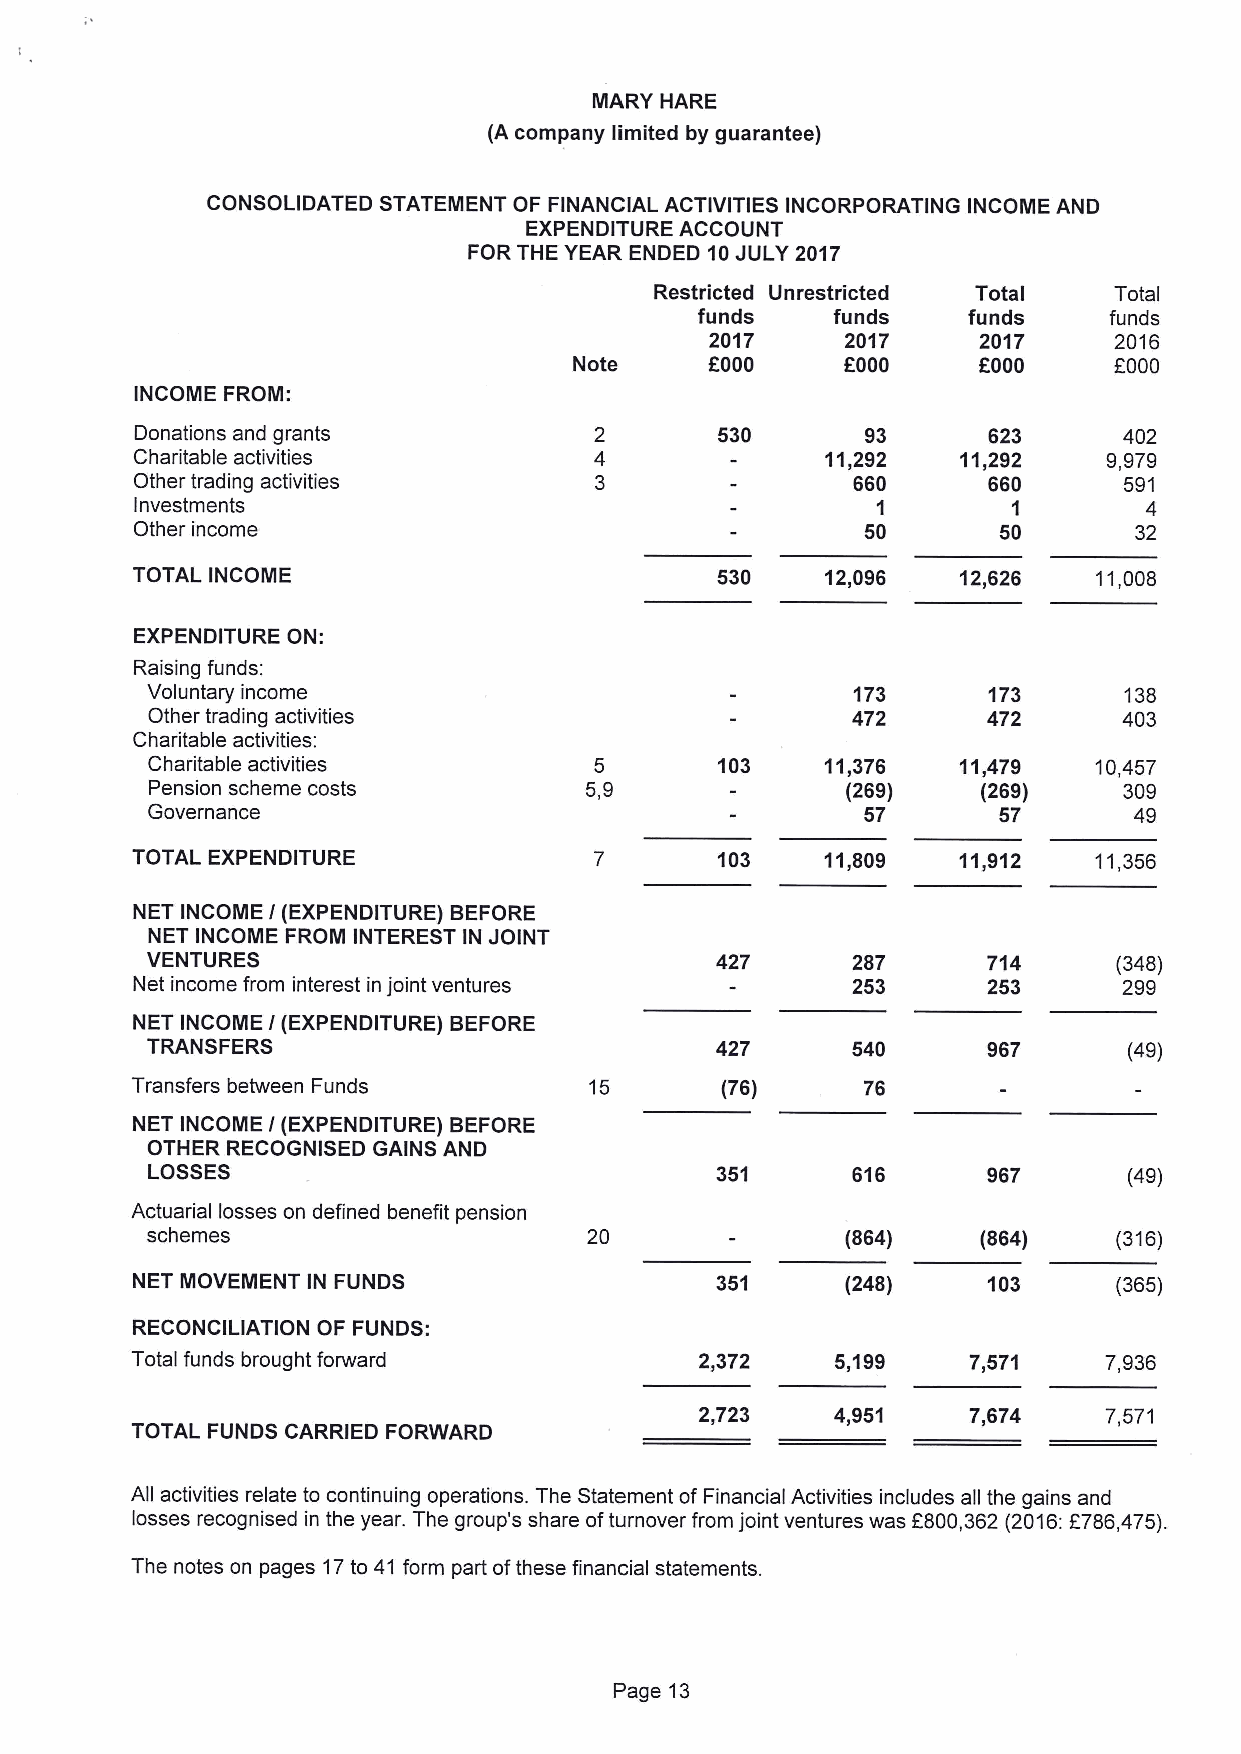
MARY HARE
 (A company limited by guarantee)
 CONSOLIDATED STATEMENT OF FINANCIAL ACTIVITIES INCORPORATING INCOME AND
 EXPENDITURE ACCOUNT
 FOR THE YEAR ENDED 10JULY 2017
 Restricted Unrestricted Total  Total
 funds    funds    funds    funds
 2017     201?     2017     2016
 Note     FOOO     FOOO     FOOO     F000
 INCOME FROM:
 Donations and grants                  530       93      623      402
 Charitable activities                         11,292   11,292   9,979
 Other trading activities                       660      660      591
 Investments                                      1        1        4
 Other income                                    50       50       32
 TOTAL INCOME                          530     12,096  12,626   11,008
 EXPENDITURE ON:
 Raising funds:
 Voluntary income                              173      173      138
 Other trading activities                      472      472      403
 Charitable activities:
 Charitable activities        5       103     11,376  11,479   10,457
 Pension scheme costs         5,9              (269)    (269)    309
 Governance                                     57       57       49
 TOTAL EXPENDITURE                     103     11,809  11,912   11,356
 NET INCONIE I(EXPENDITURE) BEFORE
 NET INCONIE FRONI INTEREST IN JOINT
 VENTURES                             427      287      714      (348)
 Net income from interest in joint ventures     253      253      299
 NET INCOME I(EXPENDITURE) BEFORE
 TRANSFERS                            427      540      967       (49)
 Transfers between Funds       15       (76)     76
 NET INCOME I(EXPENDITURE) BEFORE
 OTHER RECOGNISED GAINS AND
 LOSSES                               351      616      967       (49)
 Actuarial losses on defined benefit pension
 schemes                      20               (864)    (864)    (316)
 NET MOVEMENT IN FUNDS                 351      (248)    103      (365)
 RECONCILIATION OF FUNDS:
 Total funds brought forward          2,372    5,199    7,571    7,936
 2,723    4,951    7,674    7,571
 TOTAL FUNDS CARRIED FORWARD
 All activities relate to continuing operations. The Statement of Financial Activities includes all the gains and
 losses recognised in the year. The group's share ofturnover from joint ventures was F800,362 (2016:F786,475).
 The notes on pages 17to 41 form part ofthese financial statements.
 Page 13